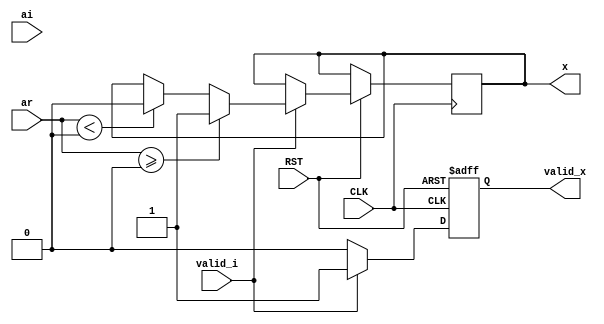

module bpsk_inv
  (
   input               CLK,
   input               RST,

   input               valid_i,
   input signed [10:0] ar,
   input signed [10:0] ai,

   output reg          valid_x,
   output reg          x
   );

  always @(posedge CLK or negedge RST) begin
    if (RST == 1'b0) begin
      valid_x <= 1'b0;
    end else if (valid_i == 1'b1) begin  
      valid_x <= 1'b1;
      if (ar >= 0) begin
        x <= 1'b1;
      end else if (ar < 0) begin
        x <= 1'b0;
      end
    end else if (valid_i == 1'b0) begin
      valid_x <= 1'b0;
    end
  end 
endmodule